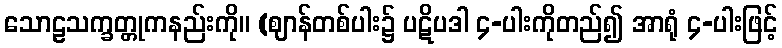
သောဠသက္ခတ္တုကနည်းကို။ (ဈာန်တစ်ပါး၌ ပဋိပဒါ ၄-ပါးကိုတည်၍ အာရုံ ၄-ပါးဖြင့်